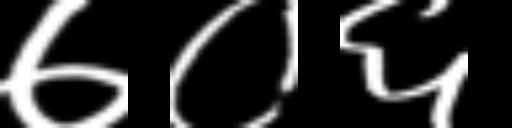
Text: ७०६